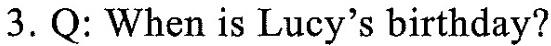
3. Q: When is Lucy's birthday?